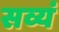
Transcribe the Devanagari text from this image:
सव्यं